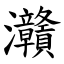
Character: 灨